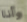
وأنا